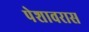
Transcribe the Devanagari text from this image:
पेशावरास